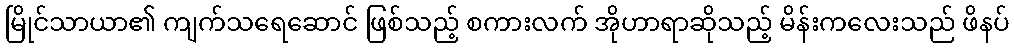
မြိုင်သာယာ၏ ကျက်သရေဆောင် ဖြစ်သည့် စကားလက် အိုဟာရာဆိုသည့် မိန်းကလေးသည် ဖိနပ်